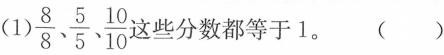
(1) \frac{8}{8}、\frac{5}{5}、\frac{10}{10} 些分数都等于1。()